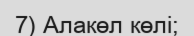
7) Алакөл көлі;